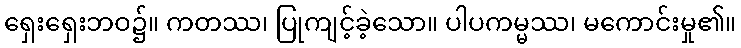
ရှေးရှေးဘဝ၌။ ကတဿ၊ ပြုကျင့်ခဲ့သော။ ပါပကမ္မဿ၊ မကောင်းမှု၏။